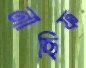
নাছিফ